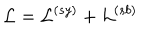
{ \cal L } = { \cal L } ^ { ( s y ) } + { \cal L } ^ { ( s b ) }